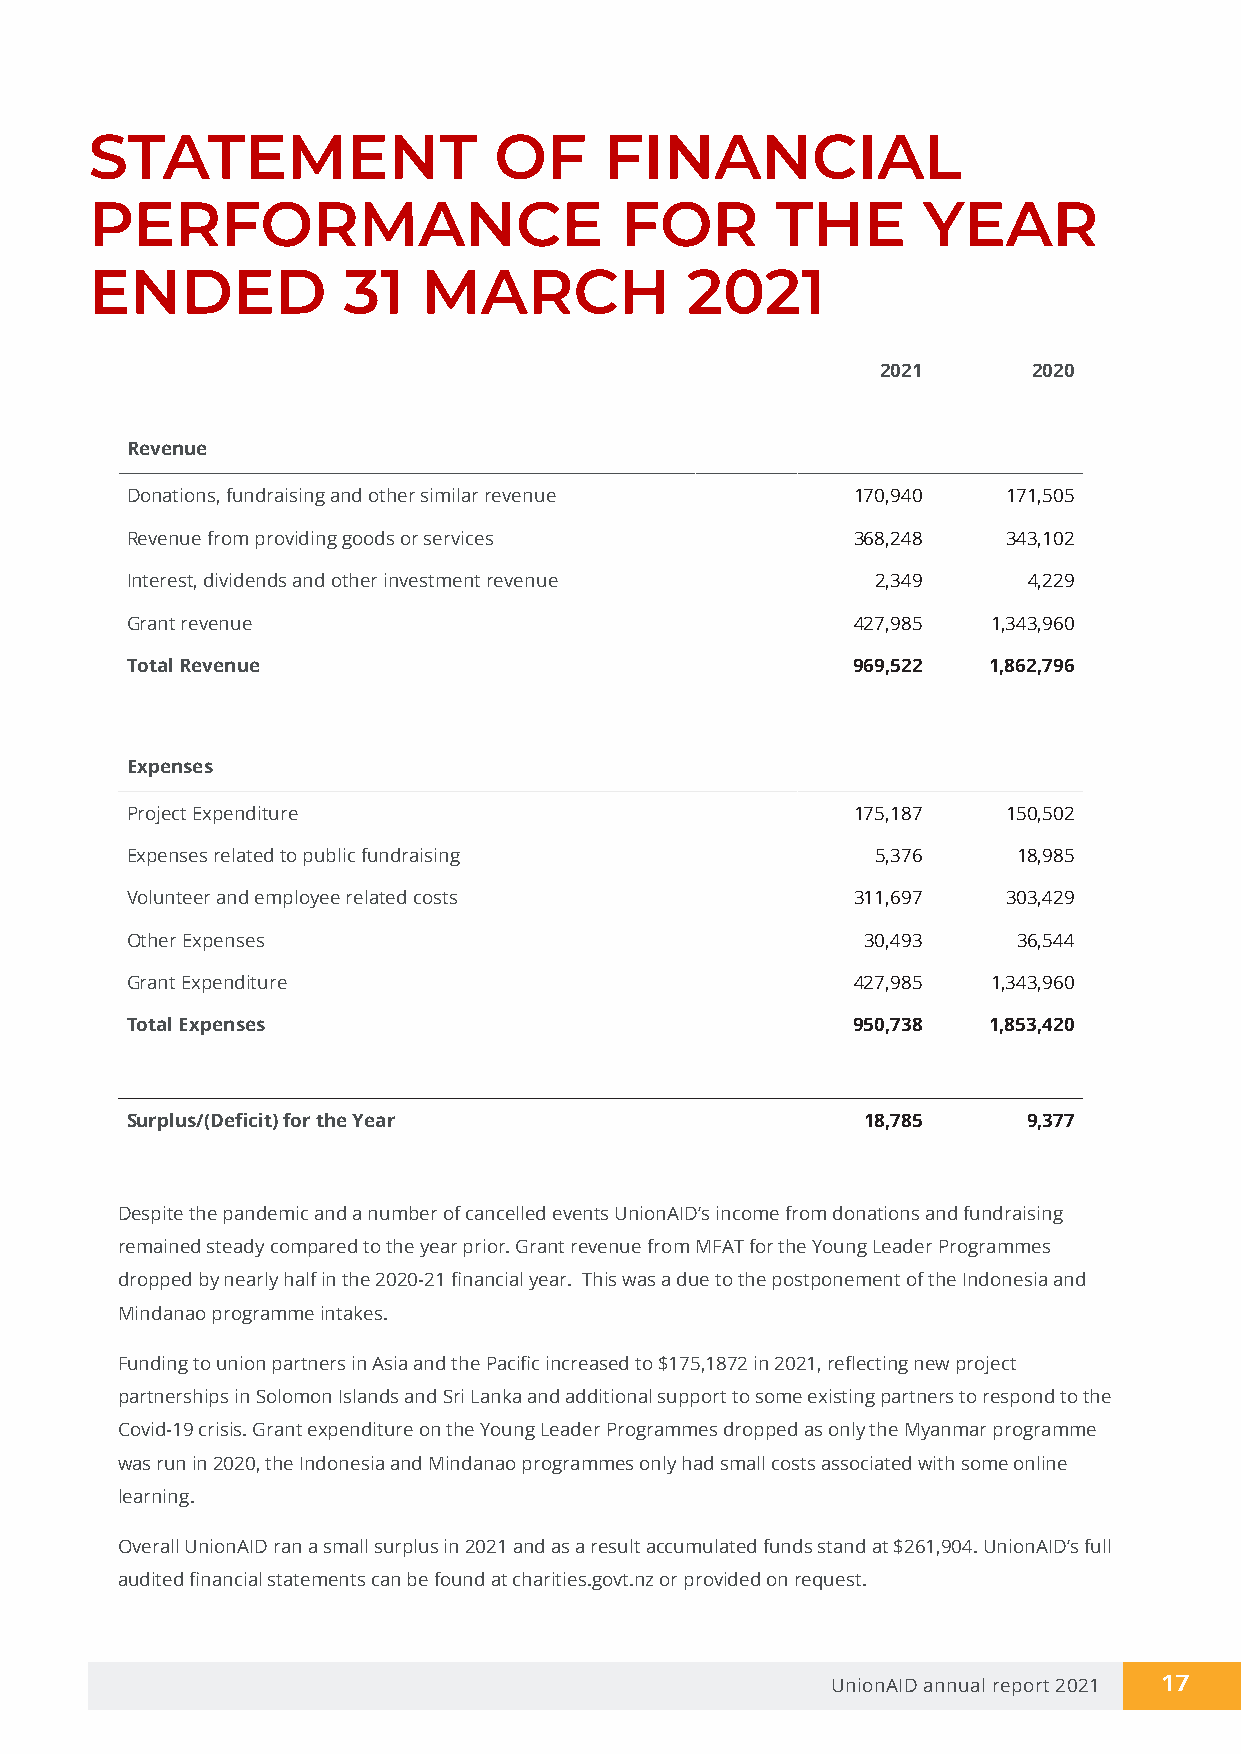
STATEMENT                  OF     FINANCIAL
 PERFORMANCE                        FOR       THE       YEAR
 ENDED            31   MARCH            2021
 2021      2020
 Revenue
 Donations, fundraising and other similar revenue 170,940   171,505
 Revenue from providing goods or services        368,248    343,102
 Interest, dividends and other investment revenue  2,349     4,229
 Grant revenue                                   427,985   1,343,960
 Total Revenue                                   969,522  1,862,796
 Expenses
 Project Expenditure                             175,187    150,502
 Expenses related to public fundraising            5,376    18,985
 Volunteer and employee related costs            311,697    303,429
 Other Expenses                                   30,493    36,544
 Grant Expenditure                               427,985   1,343,960
 Total Expenses                                  950,738  1,853,420
 Surplus/(Deficit) for the Year                   18,785     9,377
 Despite the pandemic and a number of cancelled events UnionAID’s income from donations and fundraising
 remained steady compared to the year prior. Grant revenue from MFAT for the Young Leader Programmes
 dropped by nearly half in the 2020-21 financial year. This was a due to the postponement of the Indonesia and
 Mindanao programme intakes.
 Funding to union partners in Asia and the Pacific increased to $175,1872 in 2021, reflecting new project
 partnerships in Solomon Islands and Sri Lanka and additional support to some existing partners to respond to the
 Covid-19 crisis. Grant expenditure on the Young Leader Programmes dropped as only the Myanmar programme
 was run in 2020, the Indonesia and Mindanao programmes only had small costs associated with some online
 learning.
 Overall UnionAID ran a small surplus in 2021 and as a result accumulated funds stand at $261,904. UnionAID’s full
 audited financial statements can be found at charities.govt.nz or provided on request.
 UnionAID annual report 2021 17